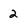
Character: 2